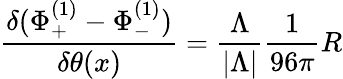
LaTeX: {\frac{\delta(\Phi_{+}^{(1)}-\Phi_{-}^{(1)})}{\delta\theta(x)}}={\frac{\Lambda}{|\Lambda|}}{\frac{1}{96\pi}}R